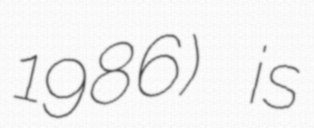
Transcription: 1986) is